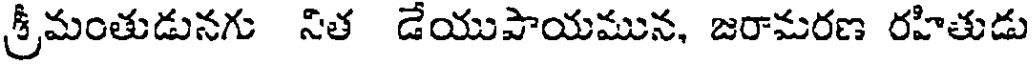
శ్రీమంతుడునగు నిత డేయుపాయమున, జరామరణ రహితుడు